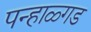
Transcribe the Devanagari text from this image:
पन्हाळ्गड